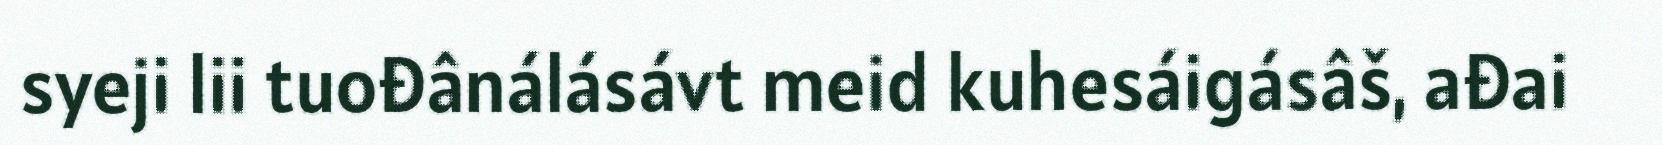
syeji lii tuođânálásávt meid kuhesáigásâš, ađai